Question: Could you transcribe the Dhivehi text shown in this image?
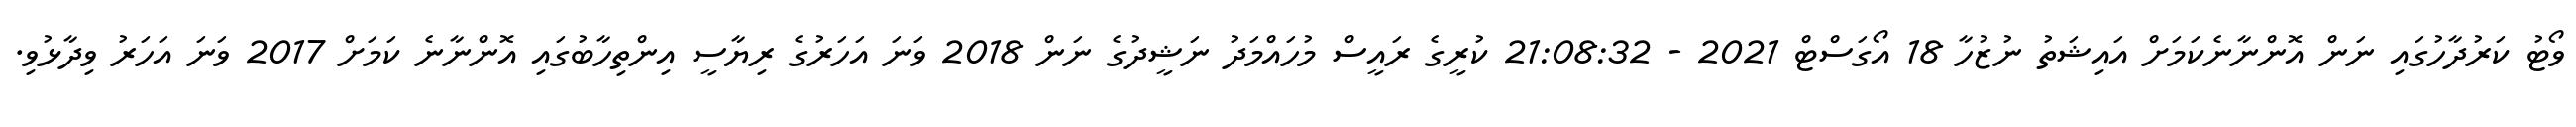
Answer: ވޯޓު ކަރުދާހުގައި ނަން އޮންނާނެކަމަށް އައިޝަތު ނުޒުހާ 18 އޯގަސްޓް 2021 - 21:08:32 ކުރީގެ ރައީސް މުހައްމަދު ނަޝީދުގެ ނަން 2018 ވަނަ އަހަރުގެ ރިޔާސީ އިންތިހާބުގައި އޮންނާނެ ކަމަށް 2017 ވަނަ އަހަރު ވިދާޅުވި.